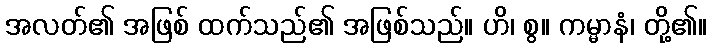
အလတ်၏ အဖြစ် ထက်သည်၏ အဖြစ်သည်။ ဟိ၊ စွ။ ကမ္မာနံ၊ တို့၏။